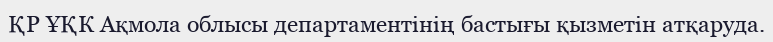
ҚР ҰҚК Ақмола облысы департаментінің бастығы қызметін атқаруда.